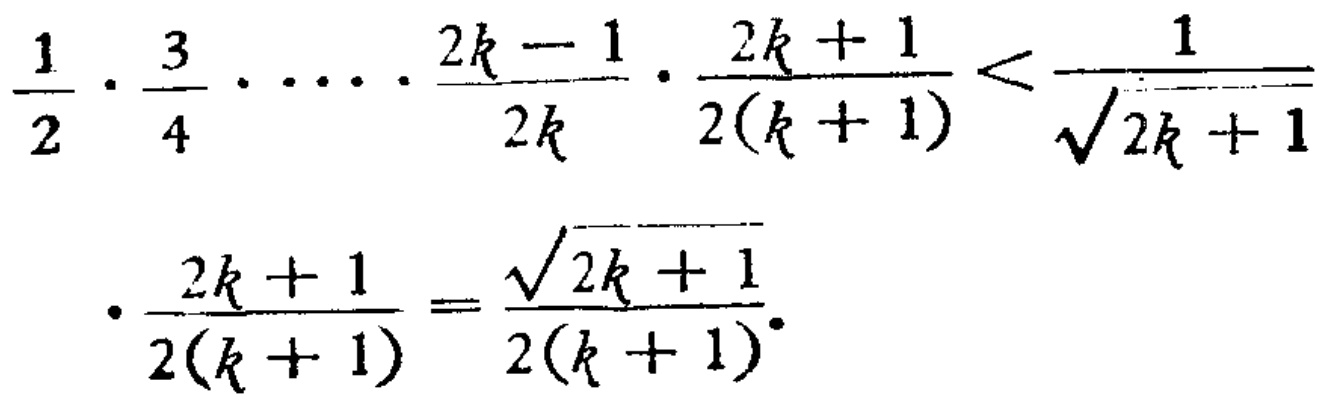
\(\frac{1}{2} \cdot \frac{3}{4} \cdot \cdots \cdot \frac{2k - 1}{2k} \cdot \frac{2k + 1}{2(k + 1)} < \frac{1}{\sqrt{2k + 1}}\)
\(\cdot \frac{2k + 1}{2(k + 1)} = \frac{\sqrt{2k + 1}}{2(k + 1)}\)